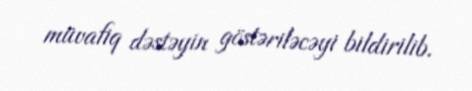
müvafiq dəstəyin göstəriləcəyi bildirilib.